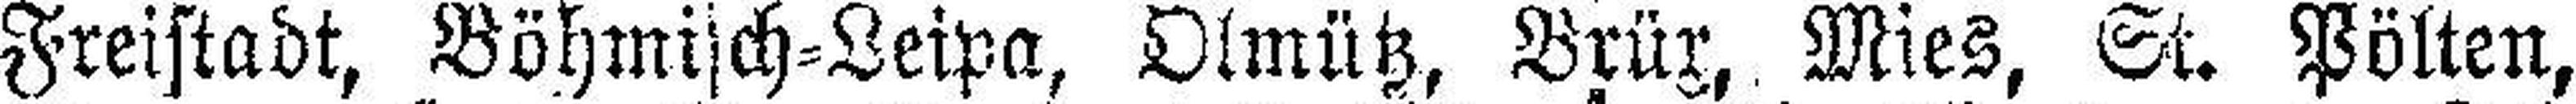
Freistadt, Böhmisch=Leipa, Olmütz, Brüx, Mies, St. Pölten,